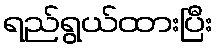
ရည်ရွယ်ထားပြီး